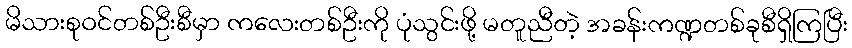
မိသားစုဝင်တစ်ဦးစီမှာ ကလေးတစ်ဦးကို ပုံသွင်းဖို့ မတူညီတဲ့ အခန်းကဏ္ဍတစ်ခုစီရှိကြပြီး